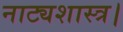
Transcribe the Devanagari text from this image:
नाट्यशास्त्र।